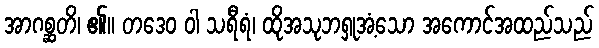
အာဂစ္ဆတိ၊ ၏။ တဒေဝ ဝါ သရီရံ၊ ထိုအသုဘရှုအံ့သော အကောင်အထည်သည်